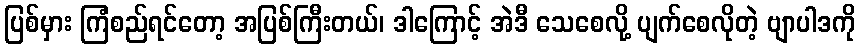
ပြစ်မှား ကြံစည်ရင်တော့ အပြစ်ကြီးတယ်၊ ဒါကြောင့် အဲဒီ သေစေလို့ ပျက်စေလိုတဲ့ ဗျာပါဒကို